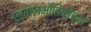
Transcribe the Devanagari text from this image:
खगोलभौतिकीच्या